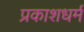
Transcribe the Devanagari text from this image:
प्रकाशधर्म